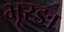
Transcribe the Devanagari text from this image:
भूरङा